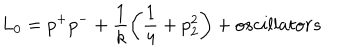
LaTeX: L _ { 0 } = p ^ { + } p ^ { - } + \frac { 1 } { k } \left( \frac { 1 } { 4 } + p _ { 2 } ^ { 2 } \right) + o s c i l l a t o r s